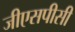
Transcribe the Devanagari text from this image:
जीएसपीसी